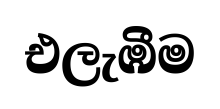
එලැඹීම